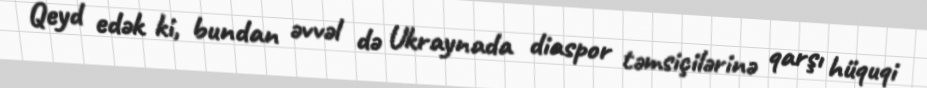
Qeyd edək ki, bundan əvvəl də Ukraynada diaspor təmsiçilərinə qarşı hüquqi